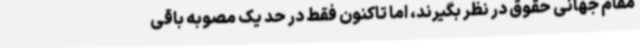
مقام جهانی حقوق در نظر بگیرند، اما تاکنون فقط در حد یک مصوبه باقی